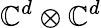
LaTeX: \mathbb{C}^{d}\otimes\mathbb{C}^{d}